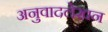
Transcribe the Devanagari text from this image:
अनुवादलेखन